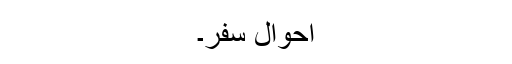
احوال سفر۔